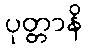
ပုတ္တာနိ